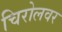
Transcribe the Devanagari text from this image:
चिरोलवर